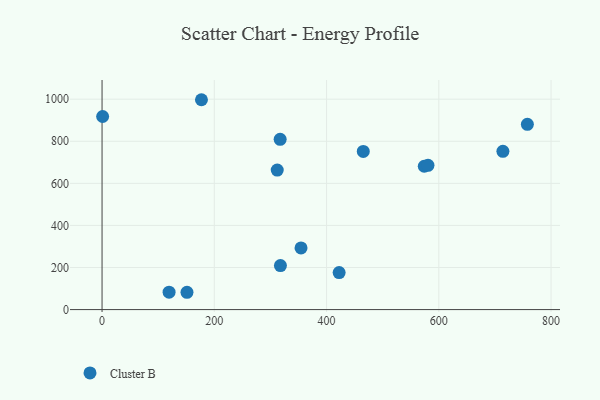
{"axis": {"x": "Engine Size", "y": "Exam Score"}, "legend": ["Cluster B"], "data": [{"x": "574.1", "y": 681.3, "type": "Cluster B"}, {"x": "714.2", "y": 752.1, "type": "Cluster B"}, {"x": "177.1", "y": 997.5, "type": "Cluster B"}, {"x": "422.4", "y": 176.1, "type": "Cluster B"}, {"x": "354.5", "y": 293.0, "type": "Cluster B"}, {"x": "465.4", "y": 752.0, "type": "Cluster B"}, {"x": "151.3", "y": 82.3, "type": "Cluster B"}, {"x": "757.8", "y": 880.4, "type": "Cluster B"}, {"x": "580.7", "y": 685.5, "type": "Cluster B"}, {"x": "1.0", "y": 917.7, "type": "Cluster B"}, {"x": "317.3", "y": 809.1, "type": "Cluster B"}, {"x": "119.4", "y": 82.6, "type": "Cluster B"}, {"x": "312.1", "y": 663.1, "type": "Cluster B"}, {"x": "317.8", "y": 209.0, "type": "Cluster B"}]}